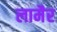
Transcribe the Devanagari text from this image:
लामैर